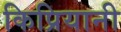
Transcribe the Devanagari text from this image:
किप्रियानी